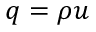
q = \rho u